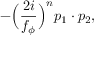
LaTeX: - \Big ( \frac { 2 i } { f _ { \phi } } \Big ) ^ { n } p _ { 1 } \cdot p _ { 2 } ,